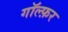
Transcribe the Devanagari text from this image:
गॉल्फ़र